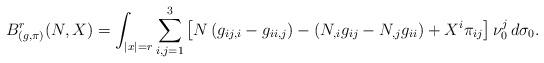
LaTeX: \begin{align*}B^r_{(g,\pi)}( N, X) = \int_{|x|=r} \sum\limits_{i,j=1}^3 \left[ N \left(g_{ij,i}- g_{ii,j} \right) -\left (N_{,i} g_{ij} - N_{,j} g_{ii}\right)+ X^i \pi_{ij} \right] \nu_0^j \, d\sigma_0.\end{align*}